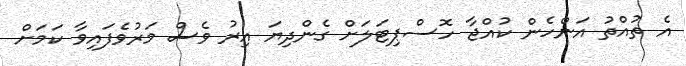
އެ ތުއްތު އަންހެން ކުއްޖާ ހޮސްޕިޓަލަށް ގެންދިޔަ އިރު ވެސް މަރުވެފައިވާ ކަމަށް